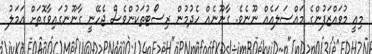
މިއީ މުވައްޒަފުންގެ މައްސަލައެއް ނޫނެވެ. ގާނޫނެއް ހެދުމުން ރިސޯޓުތަކުންވެސް ޖެހޭނީ ގާނޫނުގައިވާގޮތަށް އަމަލު